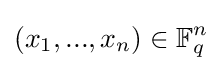
(x_{1},...,x_{n})\in \mathbb {F} _{q}^{n}